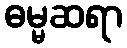
ဓမ္မဆရာ